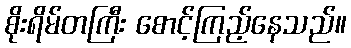
စိုးရိမ်တကြီး စောင့်ကြည့်နေသည်။